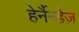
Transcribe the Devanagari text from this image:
हेर्नैन्डेज़